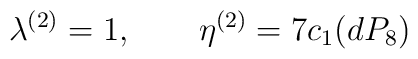
\lambda^{(2)}=1, \qquad \eta^{(2)}=7c_{1}(dP_{8})